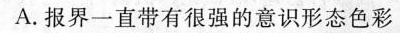
A.报界一直带有很强的意识形态色彩